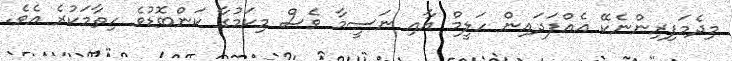
މިދެމަފިރިންނެކޭ އެއްފަދައިން ހަލީމް އާއި ނަސީމާ ވެސް މިކަމުގާ ކަންބޮޑުވެ ހިތާމަކުރެ އެވެ.